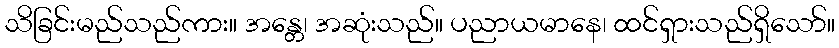
သိခြင်းမည်သည်ကား။ အန္တေ၊ အဆုံးသည်။ ပညာယမာနေ၊ ထင်ရှားသည်ရှိသော်။